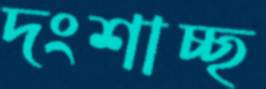
দংশাচ্ছ